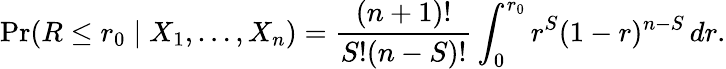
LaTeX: \operatorname*{Pr}(R\leq r_{0}\mid X_{1},\ldots,X_{n})={\frac{(n+1)!}{S!(n-S)!}}\int_{0}^{r_{0}}r^{S}(1-r)^{n-S}\, dr.